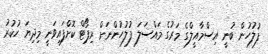
ފުލުހުން ބުނީ އިސްމާއީލްގެ މަރުގެ މައްސަލަ ފުލުހުންނަށް ރިޕޯޓް ކޮށްފައިވަނީ މިދިޔަ ހުކުރު